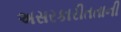
અસરકારીતતાની